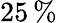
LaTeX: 25\, \%